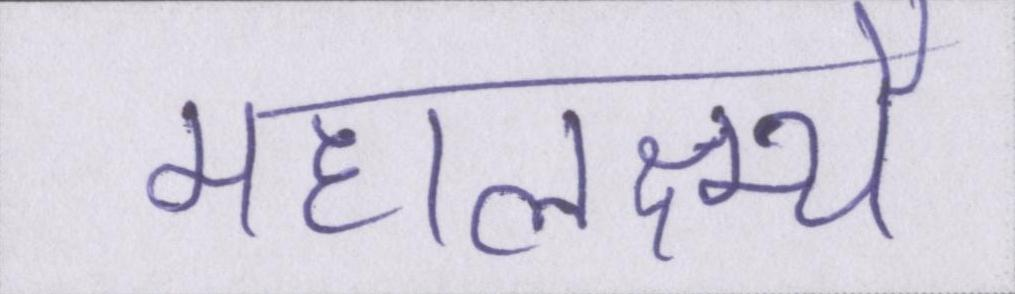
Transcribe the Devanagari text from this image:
महालक्ष्म्यै